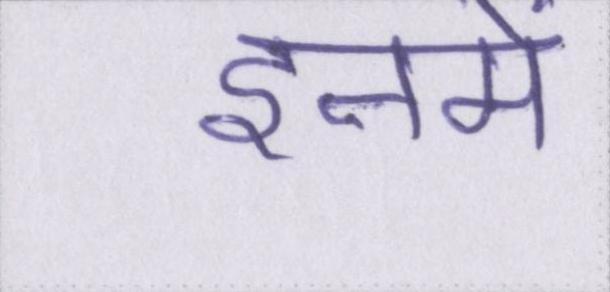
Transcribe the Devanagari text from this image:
इनमे